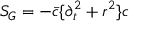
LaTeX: S _ { G } = - \bar { c } \{ \partial _ { t } ^ { 2 } + r ^ { 2 } \} c